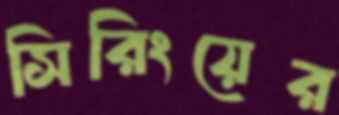
সিরিংয়ের